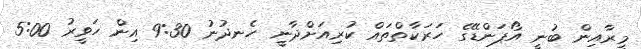
މީރާއިން ބުނީ އޯޕަންޑޭގެ ހަރަކާތްތައް ކުރިއަށްދާނީ ހެނދުނު 9:30 އިން ހަވީރު 5:00